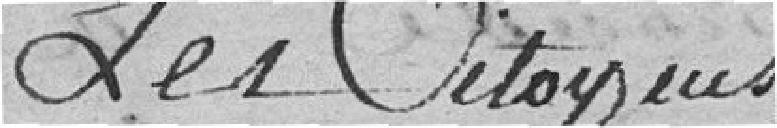
Les Citoyens